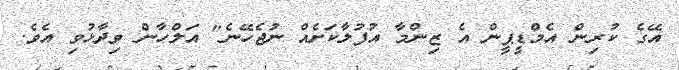
އޭގެ ކުރިން އެމްޑީޕީން އެ ޒިންމާ އުފުލާކަށެއް ނުޖެހޭނެ" އަލްހާން ވިދާޅުވި އެވެ.